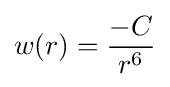
w(r)={\frac {-C}{r^{6}}}